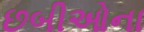
છબીઓના